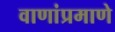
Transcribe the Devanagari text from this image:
वाणांप्रमाणे